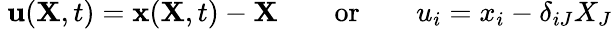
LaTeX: \ \mathbf{u}(\mathbf{X},t)=\mathbf{x}(\mathbf{X},t)-\mathbf{X}\qquad{\mathrm{or}}\qquad u_{i}=x_{i}-\delta_{iJ}X_{J}